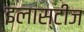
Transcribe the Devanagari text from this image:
इलास्टीज